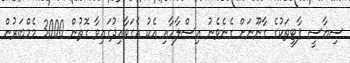
ސިޔާސީ ޕާޓީތަކުގެ ގާނޫނަށް ގެނެވެނު އިސްލާހާއި އެކު އެގަވާއިދުގައިވާ ގޮތުން 3000 މެމްބަރުން